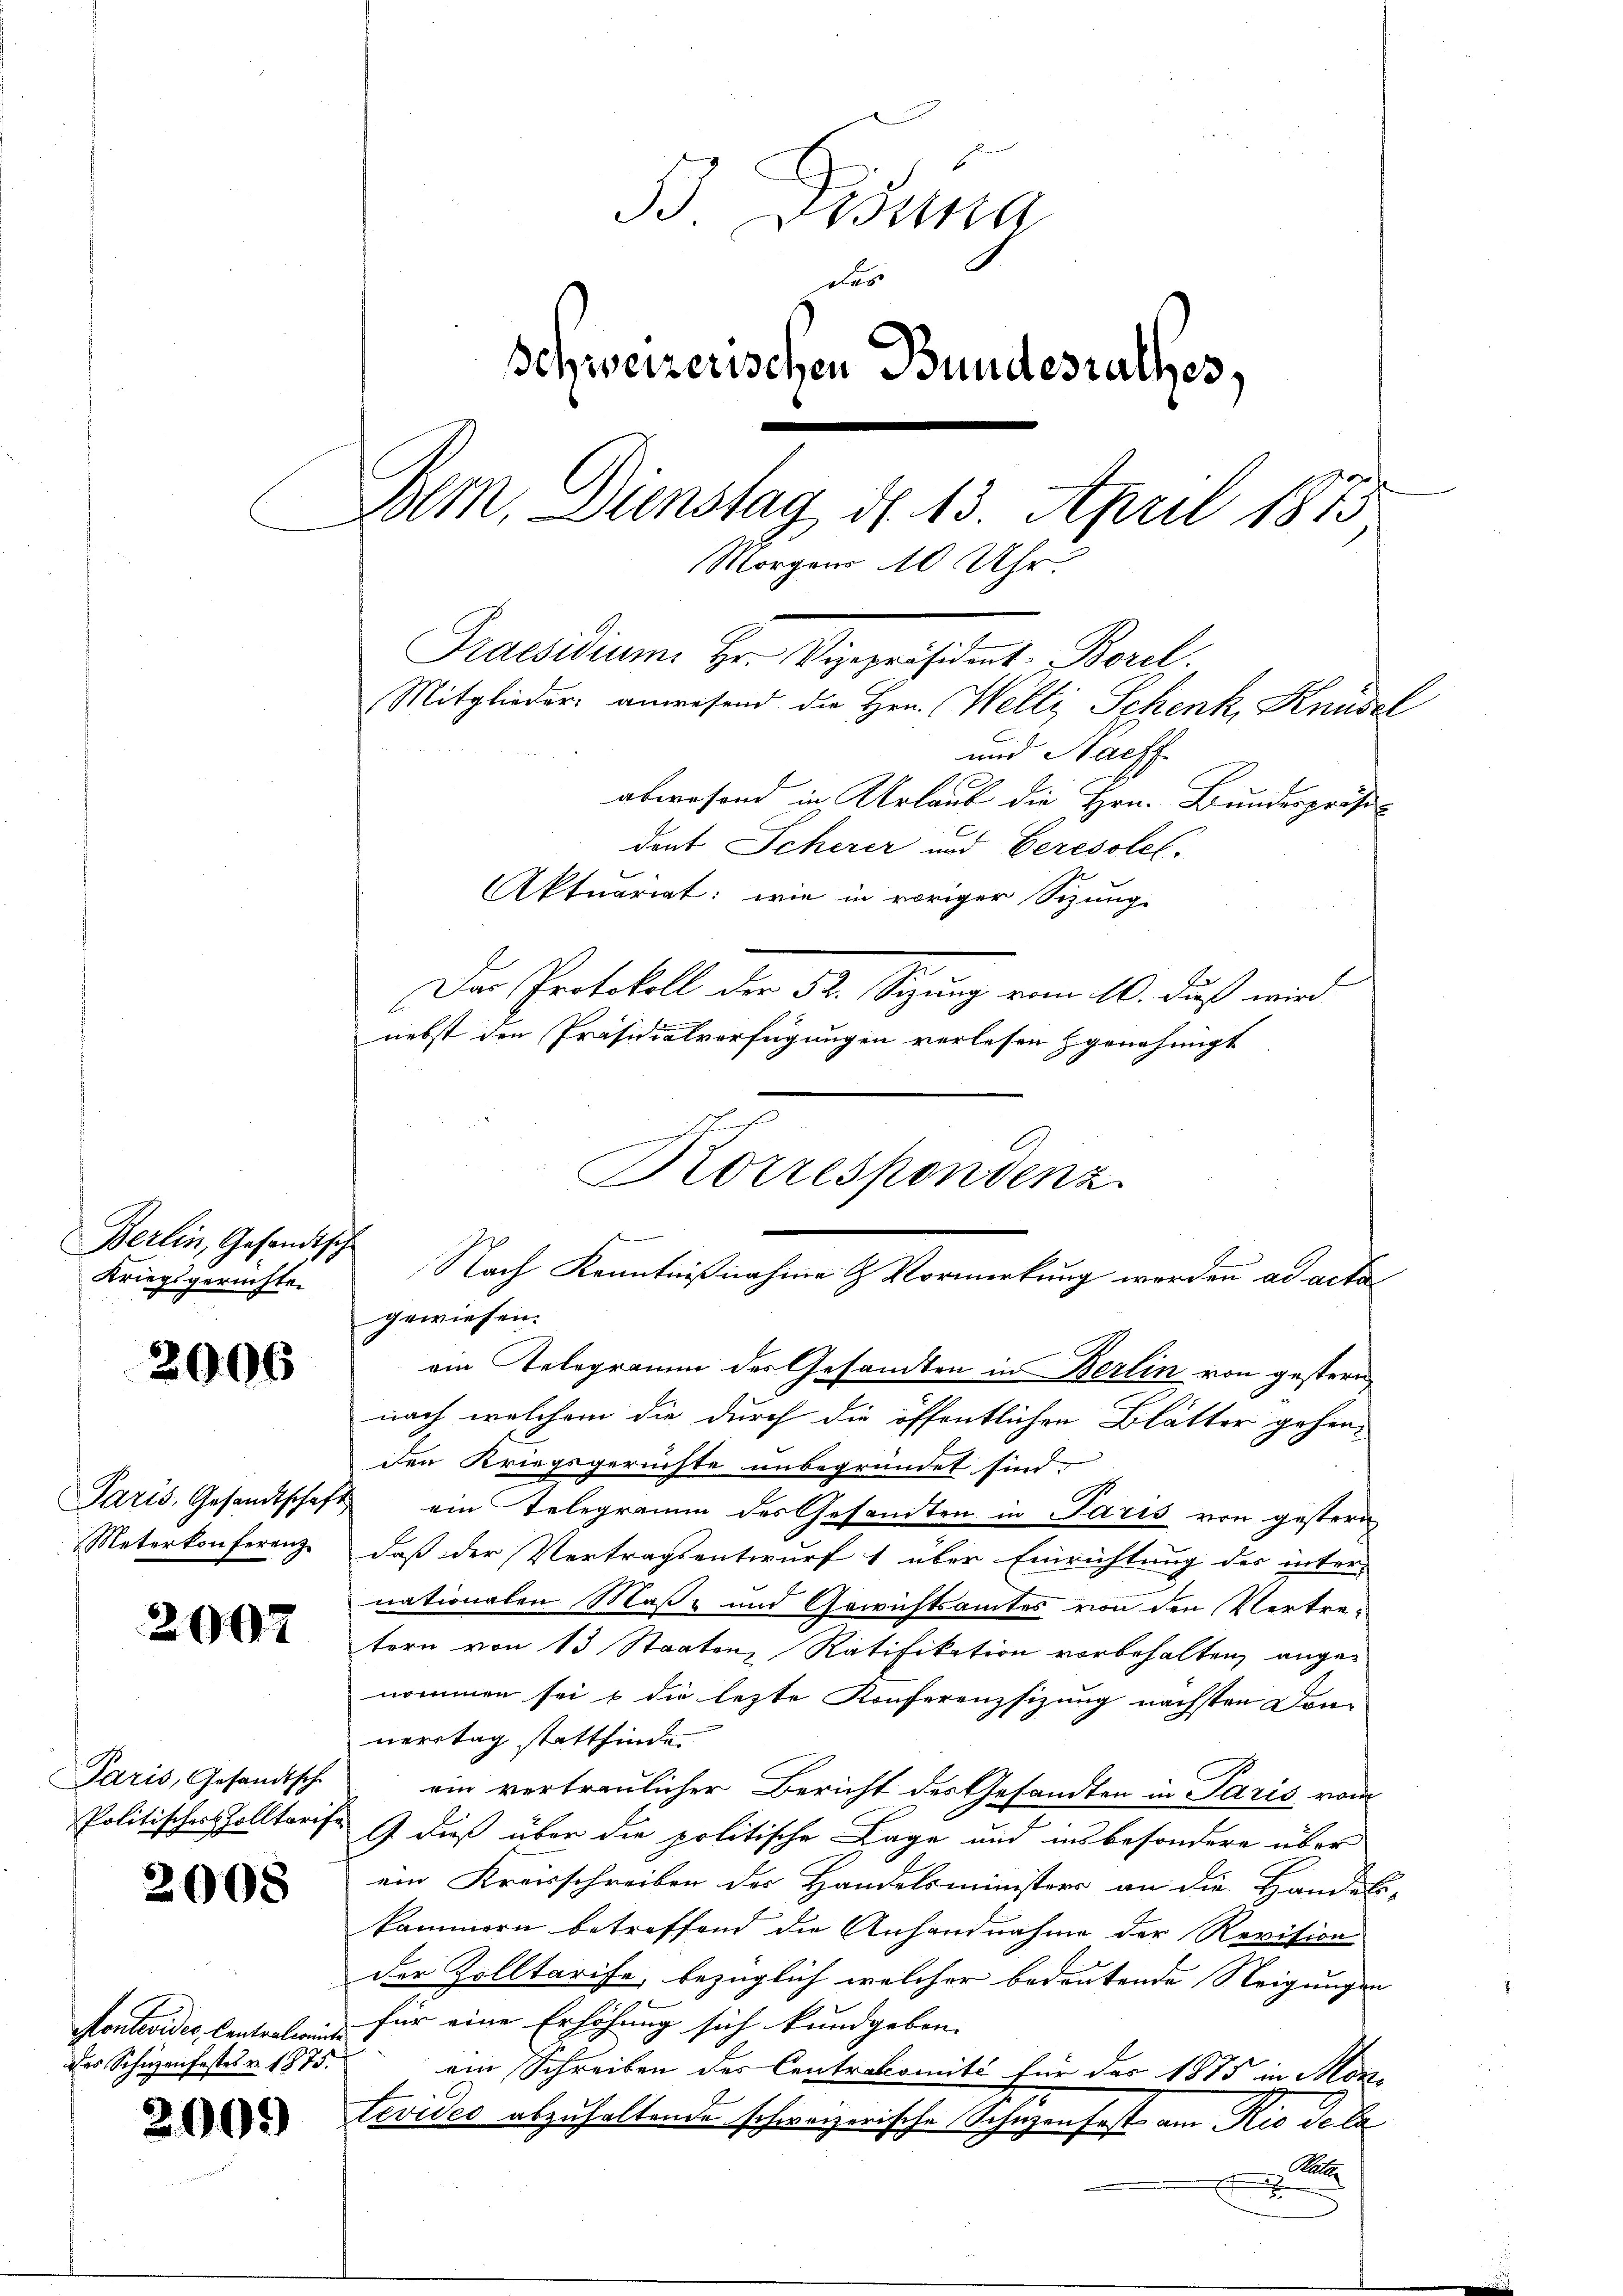
Berlin, Gesandts
Kriegsgerichten

2006

Paris, Gesandtschaft
Meterkonferenz

2002

Paris, Gesandtsche
Politischer solltarife

2008

Montevides Centrationen
des Schüzenfestes v. 1875.

200.

B. Bossa
das
Schweizerischen Bundesrathes,
Bem, Dienstag d. 13. April 1873
Morgens 10 Uhr.
Praesidium Hr. Vizepräsident Borel.
Mitglieder anwesend die Hrn. Welti Schenk, Knüsel
und Nachf
abwesend in Urlaub die Hrn. Bundespräsi¬

a
Korrespondenz
e
.
Nach Kenntnißnahme & Vormerkung werden ad acta

dort Scherer und Ceresolet.
Aktuariat: wie in voriger Sizung-
Das Protokoll der 52. Sizung vom 10. daß wird
nebst den Präsidialverfügungen verlesen genehmigt |
gewiesen.
ain Telegramm des Gesandten in Berlin von gestern
nach welchem die durch die öffentlichen Blätter gehenden Kriegsgerichte unbegründet sind.
ein Telegramm des Gesandten in Paris von gestern
daß der Vertragsentwurf 1 über Einrichtung des inter-
nationalen Maß- und Gewichtsamtes von den Vertretern von 13 Staaten, Ratifikation vorbehalten, angenommen sei & die lezte Konferenzsizung nächsten Don-
nerstag stattfinde.
am vertraulicher Bericht des Gesandten in Paris vom
G. dieß über die politische Lage und insbesondere über
ein Kreisschreiben der Handelsministers an die Handels- |
kammern betreffend die Anhandnahme der Revision
der Zolltarise, bezüglich welcher bedeutende Steigungen
für eine Erhöhung sich kundgeben. |
ein Schreiben des Centrakomité für des 1875 in Montevides abzuhaltende schweizerische Schuzen fast am Rio dela
Ra